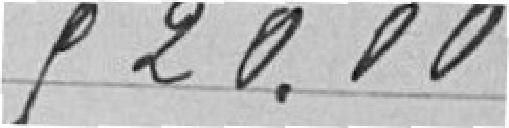
920,00